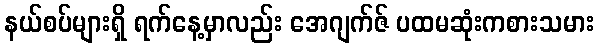
နယ်စပ်များရှိ ရက်နေ့မှာလည်း အေဂျက်ဇ် ပထမဆုံးကစားသမား